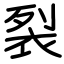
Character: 裂